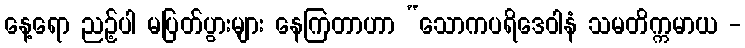
နေ့ရော ညဉ့်ပါ မပြတ်ပွားများ နေကြတာဟာ “သောကပရိဒေဝါနံ သမတိက္ကမာယ -